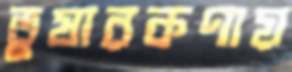
তুষারকণায়